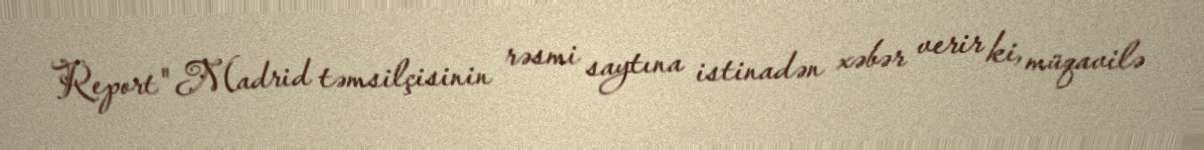
Report" Madrid təmsilçisinin rəsmi saytına istinadən xəbər verir ki, müqavilə